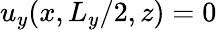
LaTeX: u_{y}(x,L_{y}/2,z)=0